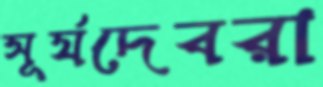
সূর্যদেবরা